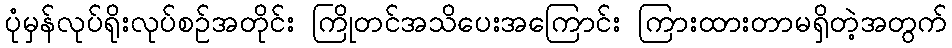
ပုံမှန်လုပ်ရိုးလုပ်စဉ်အတိုင်း ကြိုတင်အသိပေးအကြောင်း ကြားထားတာမရှိတဲ့အတွက်